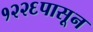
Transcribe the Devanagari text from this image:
१२२६पासून